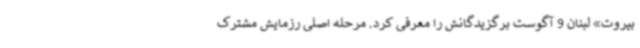
بیروت» لبنان 9 آگوست برگزیدگانش را معرفی کرد. مرحله اصلی رزمایش مشترک